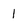
Character: 1